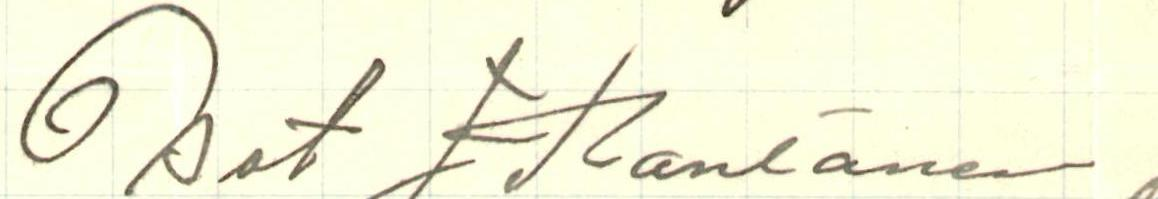
Bet J. Rantanen